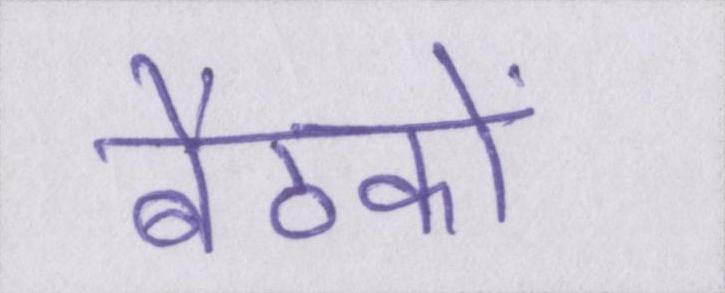
बैठकों